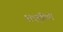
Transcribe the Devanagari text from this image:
सदवृत्तियों